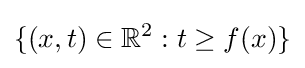
\{(x,t)\in \mathbb {R} ^{2}:t\geq f(x)\}